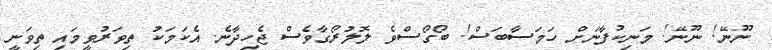
ނޫނޭ! ނޫނޭ! މަނިކުފާނަށް ހަމަސާބަސް! ބޯގޯސްވެ ލޮލުރޯގާވެސް ޖެހިދާނެ. އެކަމަކު ތިވަރުވީމައި ތިވަނީ